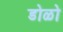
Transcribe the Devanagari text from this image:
डोळो